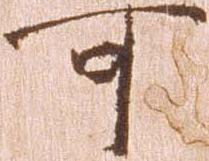
可